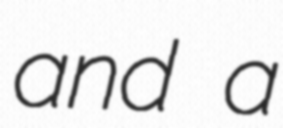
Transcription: and a